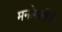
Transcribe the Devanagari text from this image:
मनोगतींनी